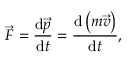
{ \vec { F } } = { \frac { \mathrm { d } { \vec { p } } } { \mathrm { d } t } } = { \frac { \mathrm { d } \left( m { \vec { v } } \right) } { \mathrm { d } t } } ,